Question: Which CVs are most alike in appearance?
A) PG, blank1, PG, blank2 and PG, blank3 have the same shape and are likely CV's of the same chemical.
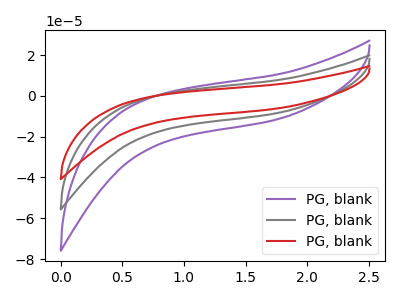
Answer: <think>The purple curve "PG, blank1" has no peaks. The gray curve "PG, blank2" has no peaks. The red curve "PG, blank3" has no peaks.
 Neither "PG, blank1" or "PG, blank2" have any peaks. Neither "PG, blank1" or "PG, blank3" have any peaks. Neither "PG, blank2" or "PG, blank3" have any peaks.</think>
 <answer>A) "PG, blank1", "PG, blank2" and "PG, blank3" have the same shape and are likely CV's of the same chemical.</answer>
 <eval>A</eval>